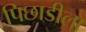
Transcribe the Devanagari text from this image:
पिछाडीला